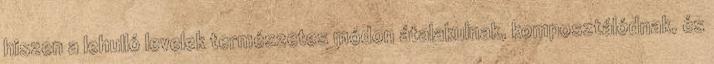
hiszen a lehulló levelek természetes módon átalakulnak, komposztálódnak, és